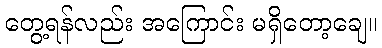
တွေ့ရန်လည်း အကြောင်း မရှိတော့ချေ။